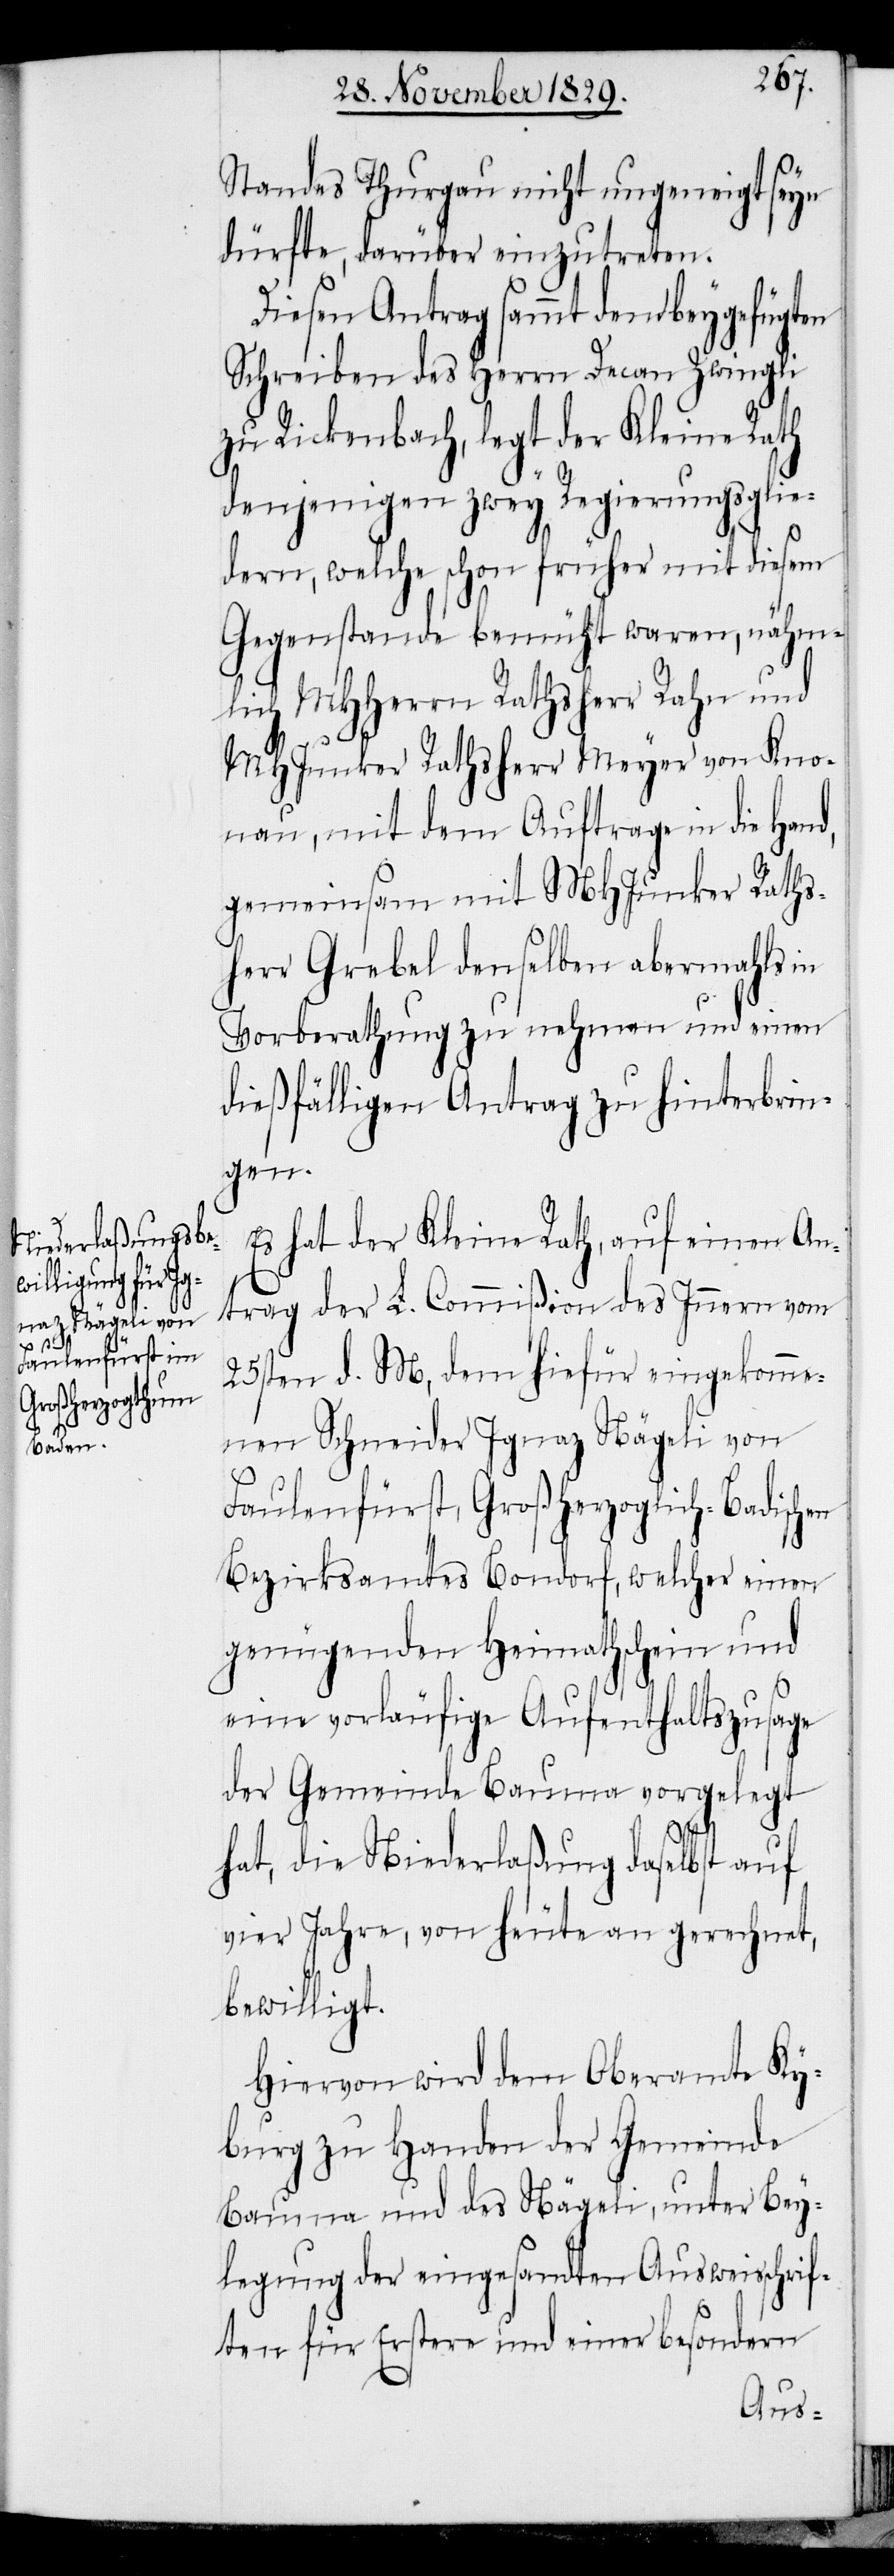
Standes Thurgau nicht ungeneigt seyn
dürfte, darüber einzutreten.
Diesen Antrag sammt den beygefügten
Schreiben des Herrn Decan Zwingli
zu Rickenbach, legt der Kleine Rath
denjenigen zwey Regierungsglie¬
dern, welche schon früher mit diesem
Gegenstande bemüht waren, nähm¬
lich MHHerrn Rathsherr Rahn und
MHJunker Rathsherr Meyer von Kno¬
nau, mit dem Auftrage in die Hand,
gemeinsam mit MHJunker Raths¬
herr Grebel denselben abermahls in
Vorberathung zu nehmen und einen
dießfälligen Antrag zu hinterbrin¬
gen.
Es hat der Kleine Rath, auf einen An¬
trag der L. Commißion des Innern vom
25sten d. M., dem hiefür eingekomme¬
nen Schneider Ignaz Nägeli von
Faulenfürst, Großherzoglich-Badischen
Bezirksamtes Bondorf, welcher einen
genügenden Heimathschein und
eine vorläufige Aufenthaltszusage
der Gemeinde Bauma vorgelegt
hat, die Niederlaßung daselbst auf
vier Jahre, von heute an gerechnet,
bewilligt.
Hiervon wird dem Oberamte Ky¬
burg zu Handen der Gemeinde
Bauma und des Nägeli, unter Bey¬
legung der eingesandten Ausweisschrif¬
ten für Erstere und einer besondern